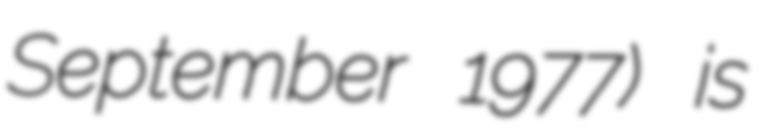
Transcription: September 1977) is